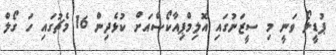
ޕުޑީލޯ ވަނީ މި ސީޒަނުގައި އޮލިމްޕިއާކޯސްއަށް ކުޅެދިން 16 މެޗުގައި ހަ ގޯލް